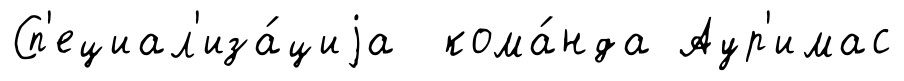
Сп'ециал'иза́циjа кома́нда Аур'имас